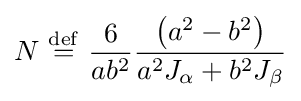
N\ {\stackrel {\mathrm {def} }{=}}\ {\frac {6}{ab^{2}}}{\frac {\left(a^{2}-b^{2}\right)}{a^{2}J_{\alpha }+b^{2}J_{\beta }}}